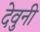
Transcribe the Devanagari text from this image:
देवुनी